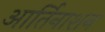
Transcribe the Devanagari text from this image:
आर्तिनाशन